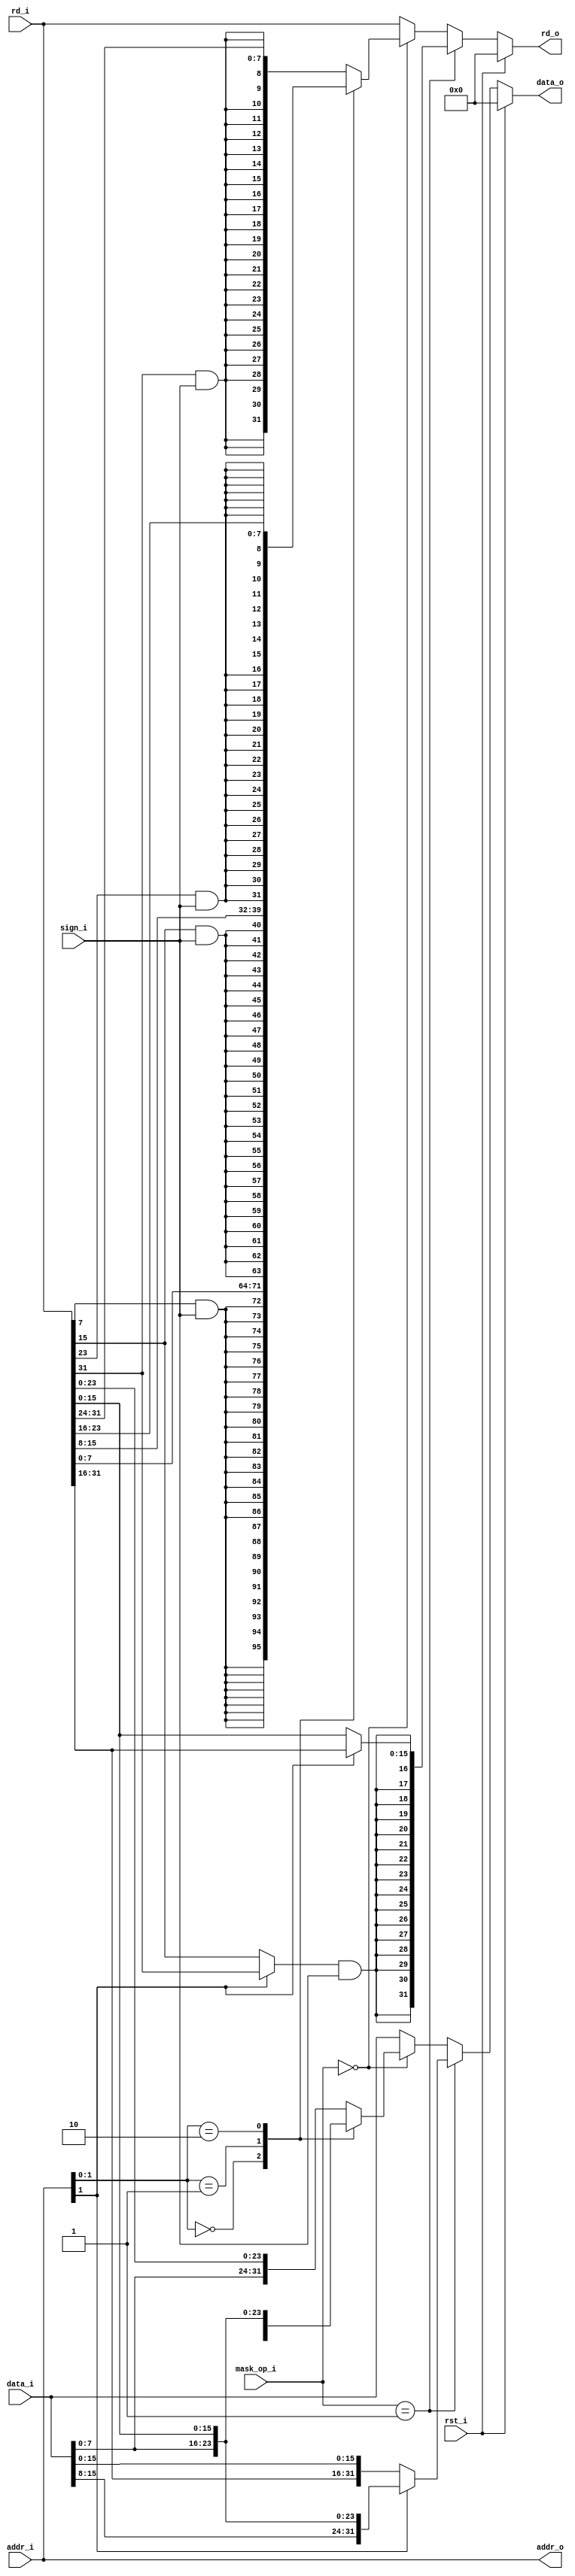
module mask(
    input   wire            rst_i,
    input   wire    [1 :0]  mask_op_i,
    input   wire            sign_i,
    input   wire    [31:0]  addr_i,
    input   wire    [31:0]  data_i,
    output  reg     [31:0]  rd_o,
    input   wire    [31:0]  rd_i,
    output  reg     [31:0]  addr_o,
    output  reg     [31:0]  data_o
);

always@(*) begin
    if (rst_i)
        rd_o = 32'b0;
    else if (mask_op_i == 2'b01)
        rd_o = {{16{{addr_i[1] ? rd_i[31] : rd_i[15]}&sign_i}}, addr_i[1] ? rd_i[31:16] : rd_i[15:0]};
    else if (mask_op_i == 2'b00) begin
        case (addr_i[1:0])
            2'b00: rd_o =  {{24{rd_i[7 ]&sign_i}}, rd_i[7 :0 ]};
            2'b01: rd_o =  {{24{rd_i[15]&sign_i}}, rd_i[15:8 ]};
            2'b10: rd_o =  {{24{rd_i[23]&sign_i}}, rd_i[23:16]};
            default: rd_o ={{24{rd_i[31]&sign_i}}, rd_i[31:24]};
        endcase
    end
    else rd_o = rd_i;
end

always@(*) begin
    addr_o = addr_i;
end

always@(*) begin
    if (rst_i)
        data_o = 32'b0;
    else if (mask_op_i == 2'b01) begin
        data_o = addr_i[1] ? {data_i[15:0], rd_i[15:0]} : {rd_i[31:16], data_i[15:0]};
    end
    else if (mask_op_i == 2'b00) begin
        case (addr_i[1:0])
            2'b00: data_o = {rd_i[31:8], data_i[7:0]};
            2'b01: data_o = {rd_i[31:16], data_i[7:0], rd_i[ 7:0]};
            2'b10: data_o = {rd_i[31:24], data_i[7:0], rd_i[15:0]};
            default: data_o = {data_i[7:0], rd_i[23:0]};
        endcase
    end
    else data_o = data_i;
end

endmodule